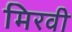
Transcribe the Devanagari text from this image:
मिरवी